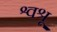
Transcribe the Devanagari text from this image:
श्वश्रू